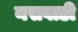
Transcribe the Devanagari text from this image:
नसवाडी